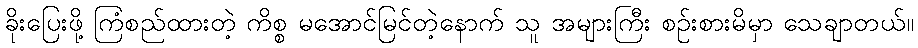
ခိုးပြေးဖို့ ကြံစည်ထားတဲ့ ကိစ္စ မအောင်မြင်တဲ့နောက် သူ အများကြီး စဉ်းစားမိမှာ သေချာတယ်။